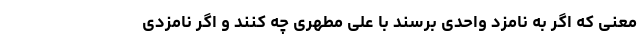
معنی که اگر به نامزد واحدی برسند با علی مطهری چه کنند و اگر نامزدی